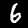
Label: 6